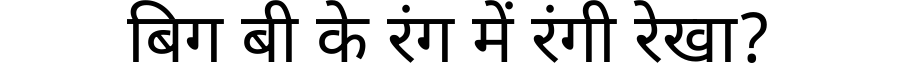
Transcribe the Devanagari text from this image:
बिग बी के रंग में रंगी रेखा?